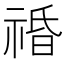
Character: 䄑